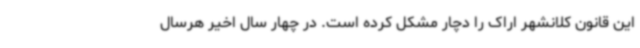
این قانون کلانشهر اراک را دچار مشکل کرده است. در چهار سال اخیر هرسال